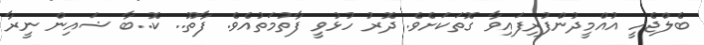
ބެލްޖެހީ އުއްމީދުންފުރިފައިވާ ގޮތަކަށެވެ. ދޮރު ހުޅުވީ ފާތުމަތުއެވެ. ފާތޫ.. ކޮ..ބާ ޝައިން ނީރާ